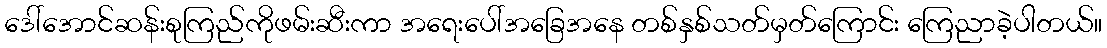
ဒေါ်အောင်ဆန်းစုကြည်ကိုဖမ်းဆီးကာ အရေးပေါ်အခြေအနေ တစ်နှစ်သတ်မှတ်ကြောင်း ကြေညာခဲ့ပါတယ်။